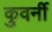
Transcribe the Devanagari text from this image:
कुवर्नी